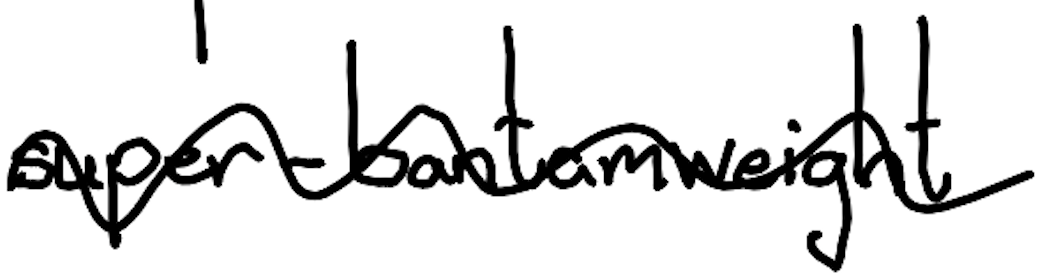
Text: super-bantamweight
Cross-out: wave
Writing tool: digital_black